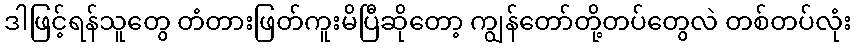
ဒါဖြင့်ရန်သူတွေ တံတားဖြတ်ကူးမိပြီဆိုတော့ ကျွန်တော်တို့တပ်တွေလဲ တစ်တပ်လုံး